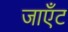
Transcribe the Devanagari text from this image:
जाएँट